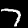
Digit: 7